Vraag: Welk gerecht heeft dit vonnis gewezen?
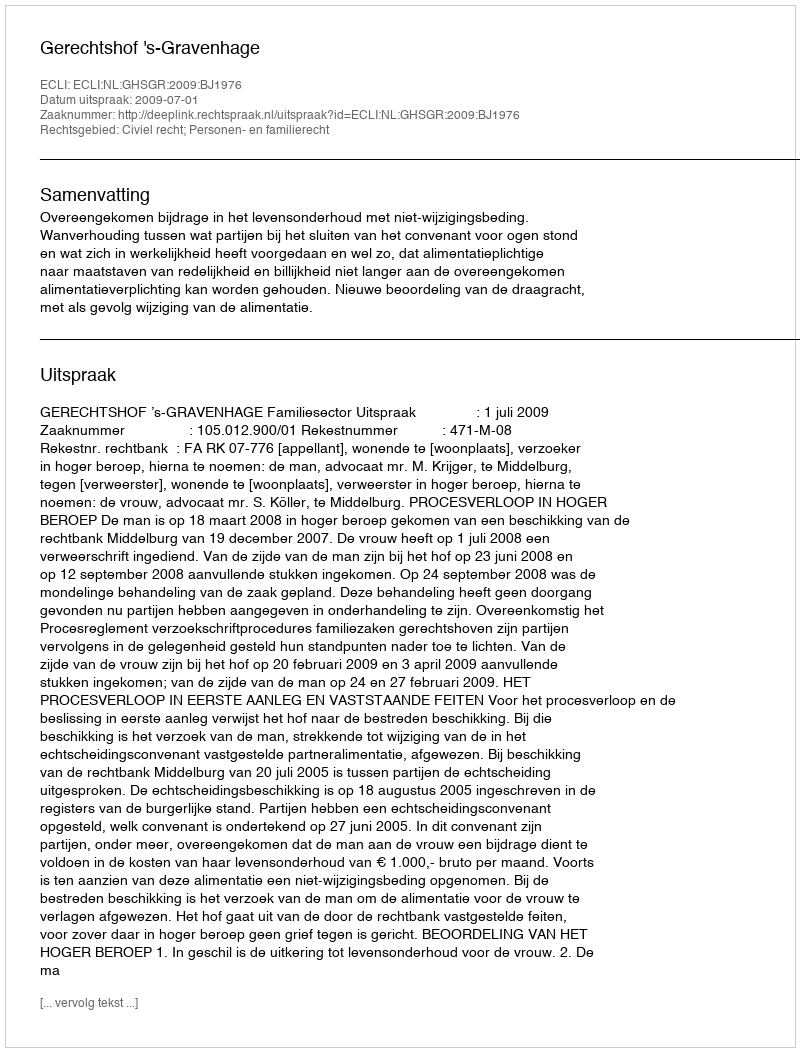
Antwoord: Gerechtshof 's-Gravenhage